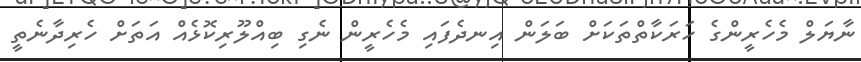
ނާޔަލް މެހެރީންގެ ހަރަކާތްތަކަށް ބަލަން އިނދެފައި މެހެރީން ނެގި ބިއްލޫރިކޮޅެއް އަތަށް ހެރިދާނެތީ